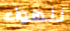
للهواء